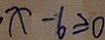
x - 6 \geq 0